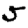
Digit: 5